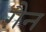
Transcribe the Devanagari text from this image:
ग़ैन